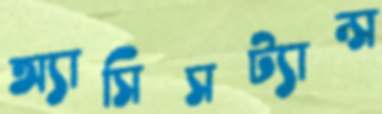
অ্যাসিসট্যান্স